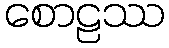
စောဠဿ